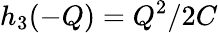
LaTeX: h_{3}(-Q)=Q^{2}/2C